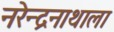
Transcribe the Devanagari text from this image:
नरेन्द्रनाथाला